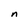
Character: n